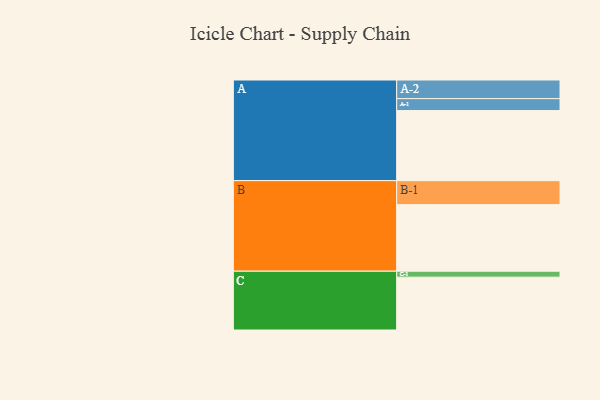
{"axis": {"x": "Segment", "y": "Value"}, "legend": ["", "A", "B", "C"], "data": [{"x": "A", "y": 598, "type": ""}, {"x": "B", "y": 568, "type": ""}, {"x": "C", "y": 451, "type": ""}, {"x": "A-1", "y": 102, "type": "A"}, {"x": "A-2", "y": 159, "type": "A"}, {"x": "B-1", "y": 205, "type": "B"}, {"x": "C-1", "y": 51, "type": "C"}]}